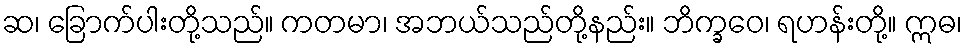
ဆ၊ ခြောက်ပါးတို့သည်။ ကတမာ၊ အဘယ်သည်တို့နည်း။ ဘိက္ခဝေ၊ ရဟန်းတို့။ ဣဓ၊